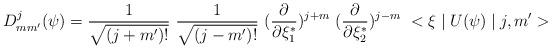
LaTeX: \begin{align*}D_{mm'}^j(\psi)= \frac{1}{\sqrt{(j+m')!}}~\frac{1}{\sqrt{(j-m')!}}~ (\frac{\partial}{\partial \xi_1^*})^{j+m}~(\frac{\partial}{\partial \xi_2^*})^{j-m}~ <\xi\mid U(\psi)\mid j,m'>\end{align*}